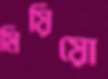
মিয়িয়ো